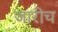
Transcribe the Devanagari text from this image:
जारीच